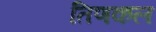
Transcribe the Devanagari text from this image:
तिणकल